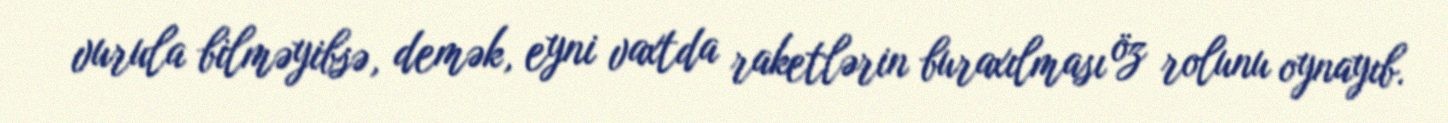
vurula bilməyibsə, demək, eyni vaxtda raketlərin buraxılması öz rolunu oynayıb.